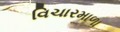
વિચારમાળા